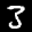
Label: 3